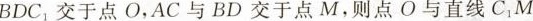
BDC_{1}交于点O，AC与BD交于点M，则点O与直线C_{1}M